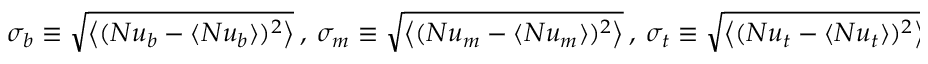
\sigma _ { b } \equiv \sqrt { \left\langle ( N u _ { b } - \langle N u _ { b } \rangle ) ^ { 2 } \right\rangle } ~ , ~ \sigma _ { m } \equiv \sqrt { \left\langle ( N u _ { m } - \langle N u _ { m } \rangle ) ^ { 2 } \right\rangle } ~ , ~ \sigma _ { t } \equiv \sqrt { \left\langle ( N u _ { t } - \langle N u _ { t } \rangle ) ^ { 2 } \right\rangle }